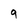
Character: g